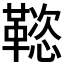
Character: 𲊟